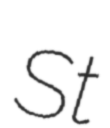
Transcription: St